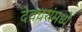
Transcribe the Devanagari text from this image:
देवघरांमध्ये